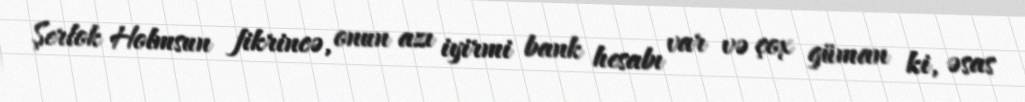
Şerlok Holmsun fikrincə, onun azı iyirmi bank hesabı var və çox güman ki, əsas